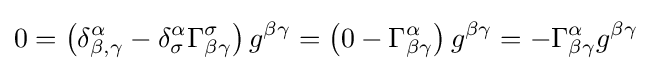
0=\left(\delta _{\beta ,\gamma }^{\alpha }-\delta _{\sigma }^{\alpha }\Gamma _{\beta \gamma }^{\sigma }\right)g^{\beta \gamma }=\left(0-\Gamma _{\beta \gamma }^{\alpha }\right)g^{\beta \gamma }=-\Gamma _{\beta \gamma }^{\alpha }g^{\beta \gamma }